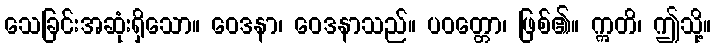
သေခြင်းအဆုံးရှိသော။ ဝေဒနာ၊ ဝေဒနာသည်။ ပဝတ္တော၊ ဖြစ်၏။ ဣတိ၊ ဤသို့။